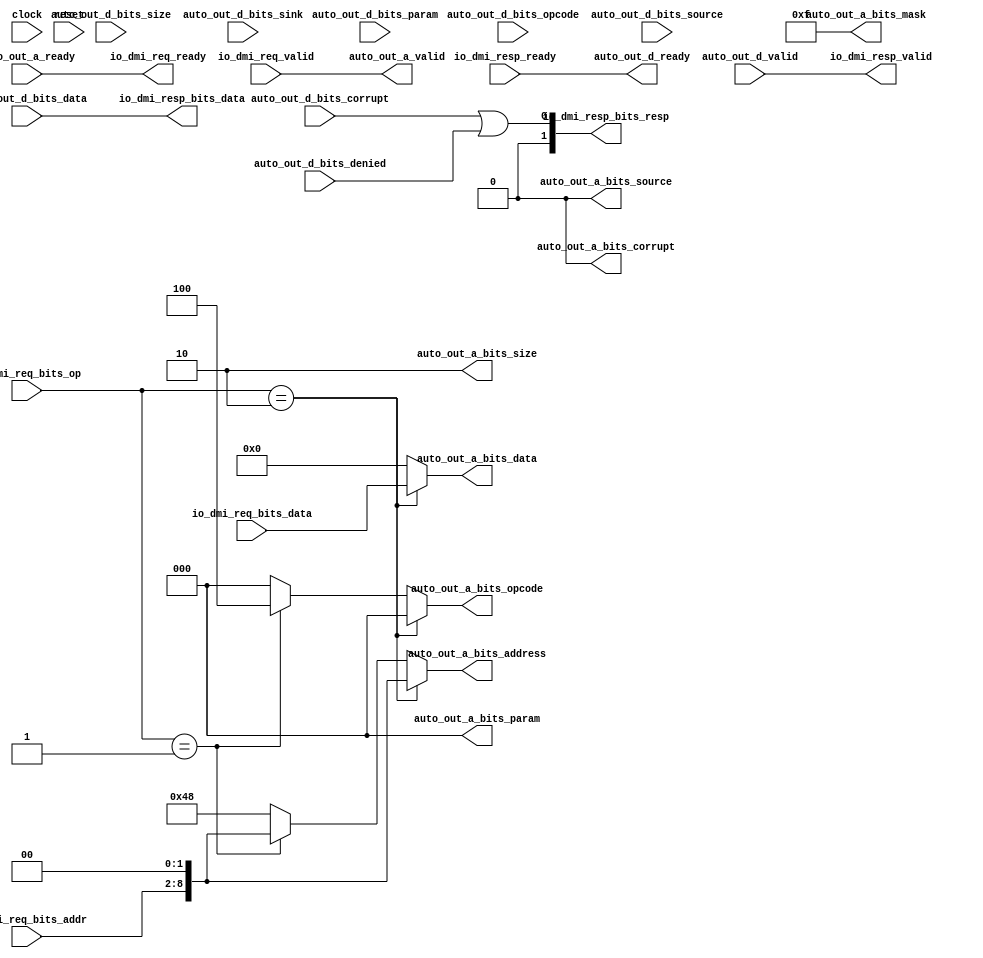
module DMIToTL(
  input         clock,
  input         reset,
  input         auto_out_a_ready,
  output        auto_out_a_valid,
  output [2:0]  auto_out_a_bits_opcode,
  output [2:0]  auto_out_a_bits_param,
  output [1:0]  auto_out_a_bits_size,
  output        auto_out_a_bits_source,
  output [8:0]  auto_out_a_bits_address,
  output [3:0]  auto_out_a_bits_mask,
  output [31:0] auto_out_a_bits_data,
  output        auto_out_a_bits_corrupt,
  output        auto_out_d_ready,
  input         auto_out_d_valid,
  input  [2:0]  auto_out_d_bits_opcode,
  input  [1:0]  auto_out_d_bits_param,
  input  [1:0]  auto_out_d_bits_size,
  input         auto_out_d_bits_source,
  input         auto_out_d_bits_sink,
  input         auto_out_d_bits_denied,
  input  [31:0] auto_out_d_bits_data,
  input         auto_out_d_bits_corrupt,
  output        io_dmi_req_ready,
  input         io_dmi_req_valid,
  input  [6:0]  io_dmi_req_bits_addr,
  input  [31:0] io_dmi_req_bits_data,
  input  [1:0]  io_dmi_req_bits_op,
  input         io_dmi_resp_ready,
  output        io_dmi_resp_valid,
  output [31:0] io_dmi_resp_bits_data,
  output [1:0]  io_dmi_resp_bits_resp
);
  wire [8:0] addr = {io_dmi_req_bits_addr, 2'h0}; // @[DMI.scala 95:46]
  wire [8:0] _GEN_3 = io_dmi_req_bits_op == 2'h1 ? addr : 9'h48; // @[DMI.scala 110:64 DMI.scala 110:76 DMI.scala 111:76]
  wire [2:0] _GEN_7 = io_dmi_req_bits_op == 2'h1 ? 3'h4 : 3'h0; // @[DMI.scala 110:64 DMI.scala 110:76 DMI.scala 111:76]
  wire  _io_dmi_resp_bits_resp_T = auto_out_d_bits_corrupt | auto_out_d_bits_denied; // @[DMI.scala 119:53]
  assign auto_out_a_valid = io_dmi_req_valid; // @[Nodes.scala 1207:84 DMI.scala 114:22]
  assign auto_out_a_bits_opcode = io_dmi_req_bits_op == 2'h2 ? 3'h0 : _GEN_7; // @[DMI.scala 109:64 DMI.scala 109:76]
  assign auto_out_a_bits_param = 3'h0; // @[DMI.scala 109:64 DMI.scala 109:76]
  assign auto_out_a_bits_size = 2'h2; // @[DMI.scala 109:64 DMI.scala 109:76]
  assign auto_out_a_bits_source = 1'h0; // @[DMI.scala 109:64 DMI.scala 109:76]
  assign auto_out_a_bits_address = io_dmi_req_bits_op == 2'h2 ? addr : _GEN_3; // @[DMI.scala 109:64 DMI.scala 109:76]
  assign auto_out_a_bits_mask = 4'hf; // @[DMI.scala 109:64 DMI.scala 109:76]
  assign auto_out_a_bits_data = io_dmi_req_bits_op == 2'h2 ? io_dmi_req_bits_data : 32'h0; // @[DMI.scala 109:64 DMI.scala 109:76]
  assign auto_out_a_bits_corrupt = 1'h0; // @[DMI.scala 109:64 DMI.scala 109:76]
  assign auto_out_d_ready = io_dmi_resp_ready; // @[Nodes.scala 1207:84 DMI.scala 118:28]
  assign io_dmi_req_ready = auto_out_a_ready; // @[Nodes.scala 1207:84 LazyModule.scala 311:12]
  assign io_dmi_resp_valid = auto_out_d_valid; // @[Nodes.scala 1207:84 LazyModule.scala 311:12]
  assign io_dmi_resp_bits_data = auto_out_d_bits_data; // @[Nodes.scala 1207:84 LazyModule.scala 311:12]
  assign io_dmi_resp_bits_resp = {{1'd0}, _io_dmi_resp_bits_resp_T}; // @[DMI.scala 119:53]
endmodule